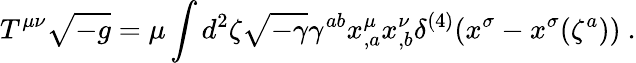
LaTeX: T^{\mu\nu}\sqrt{-g}=\mu\int d^{2}\zeta\sqrt{-\gamma}\gamma^{ab}x_{,a}^{\mu}x_{,b}^{\nu}\delta^{(4)}(x^{\sigma}-x^{\sigma}(\zeta^{a}))~.